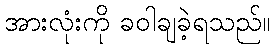
အားလုံးကို ခဝါချခဲ့ရသည်။